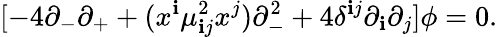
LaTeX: [-4\partial_{-}\partial_{+}+(x^{\mathbf{i}}\mu_{\mathbf{i}j}^{2}x^{j})\partial_{-}^{2}+4\delta^{\mathbf{i}j}\partial_{\mathbf{i}}\partial_{j}]\phi=0.